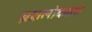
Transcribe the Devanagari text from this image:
ब्रह्मलोकाला